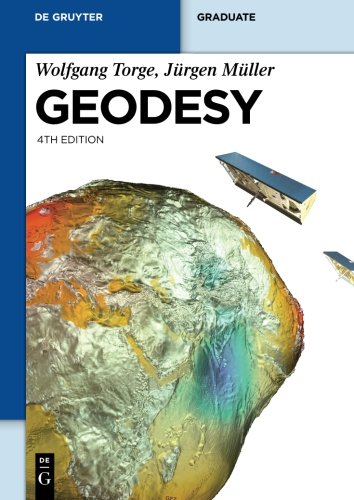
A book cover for Geodesy (de Gruyter Textbook); JÃ¼rgen MÃ¼ller; Science & Math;